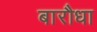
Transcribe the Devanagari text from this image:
बारौधा